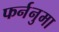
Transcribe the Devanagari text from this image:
फर्ननुमा